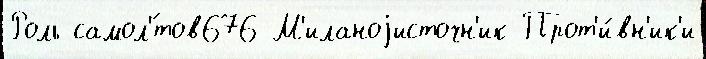
Роль самол'́тов676 М'иланоjисточн'ик Прот'и́вн'ик'и